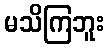
မသိကြဘူး